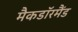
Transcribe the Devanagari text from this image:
मैकडाॅरमैंड